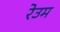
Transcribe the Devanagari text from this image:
रेउम